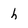
Character: h